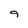
Character: 9